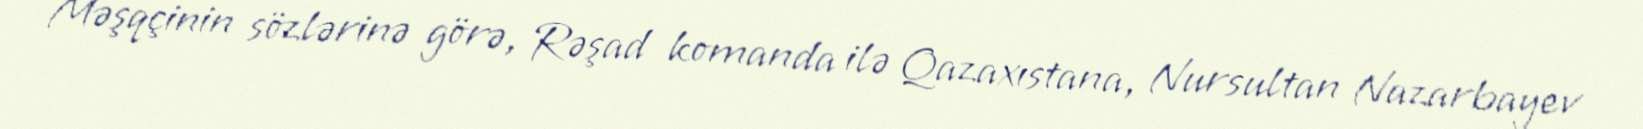
Məşqçinin sözlərinə görə, Rəşad komanda ilə Qazaxıstana, Nursultan Nazarbayev